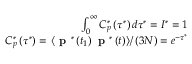
\begin{array} { r } { \int _ { 0 } ^ { \infty } C _ { p } ^ { * } \left( \tau ^ { * } \right) d \tau ^ { * } = I ^ { * } = 1 } \\ { C _ { p } ^ { * } \left( \tau ^ { * } \right) = \left. \left< \textbf { p } ^ { * } \left( t _ { 1 } \right) \textbf { p } ^ { * } \left( t \right) \right> \right/ \left( 3 N \right) = e ^ { - \tau ^ { * } } } \end{array}